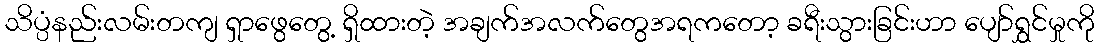
သိပ္ပံနည်းလမ်းတကျ ရှာဖွေတွေ့ ရှိထားတဲ့ အချက်အလက်တွေအရကတော့ ခရီးသွားခြင်းဟာ ပျော်ရွှင်မှုကို